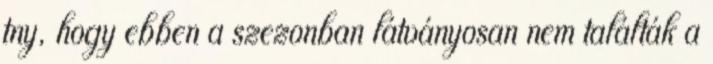
tny, hogy ebben a szezonban látványosan nem találták a